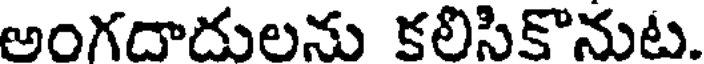
అంగదాదులను కలిసికొనుట.